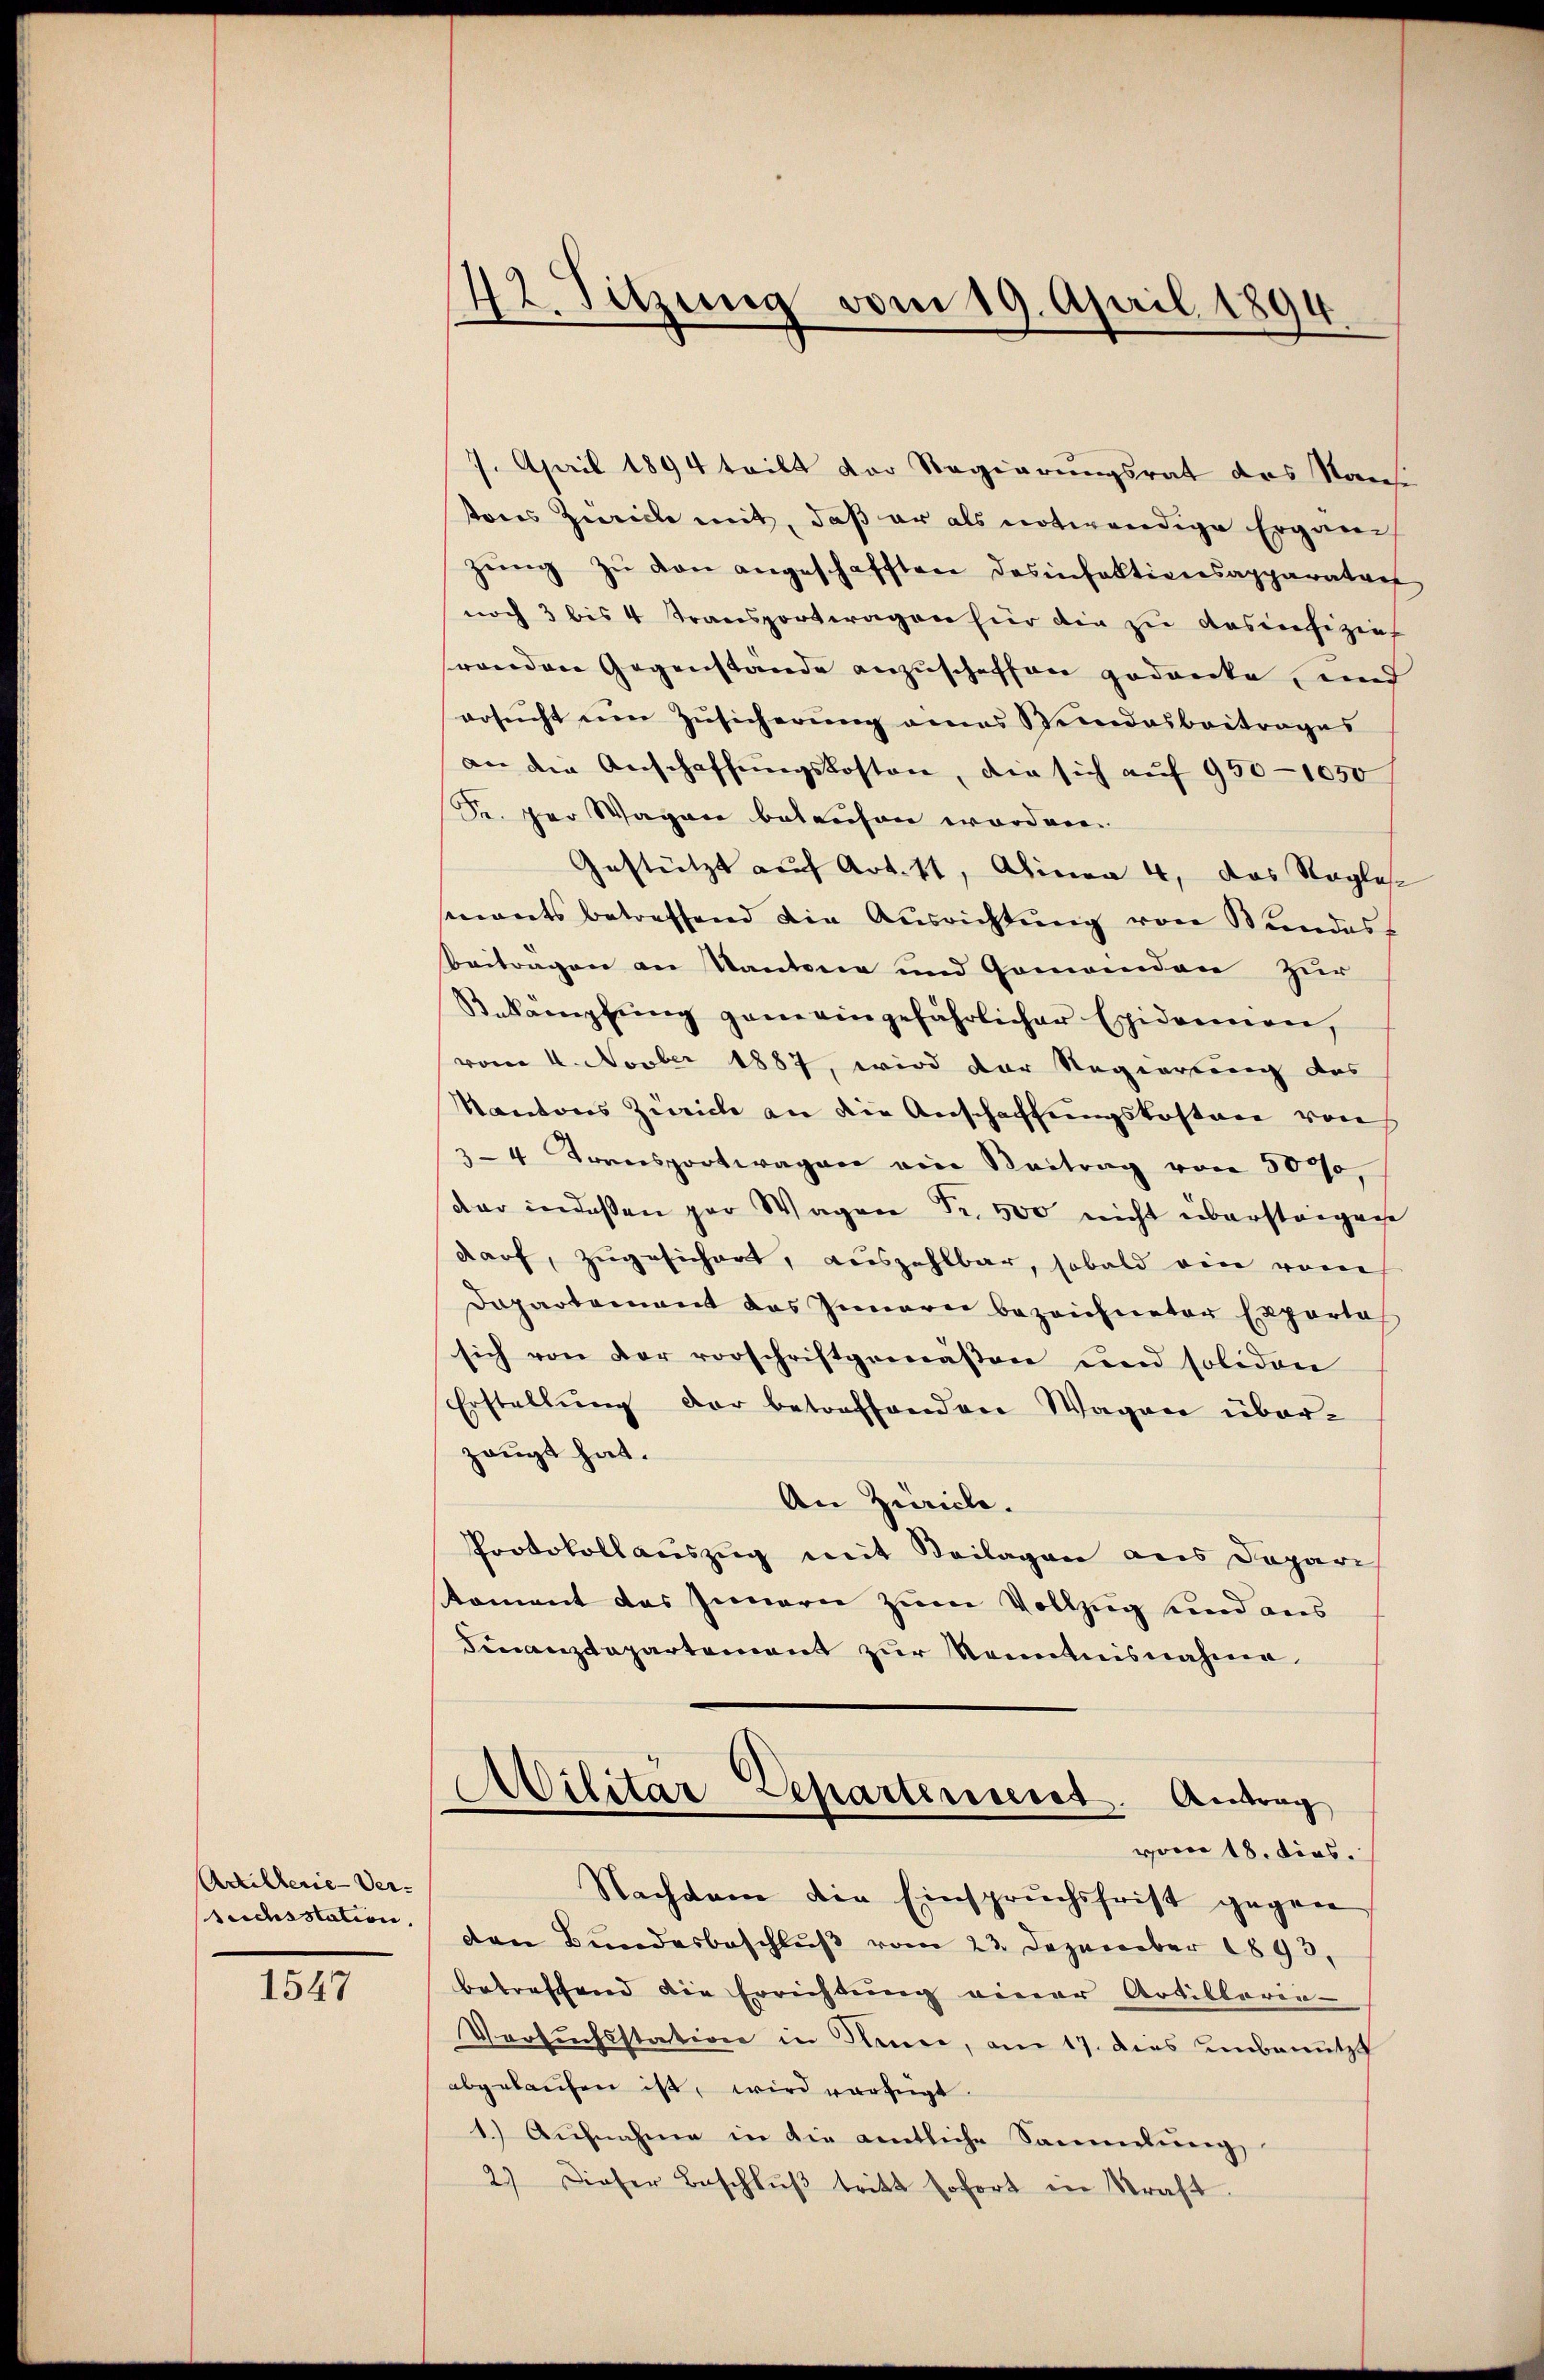
Artillerie-Ver-
ruchsstation,

1547

42. Sitzung vom 19. April 1894

7. April 1894 teilt der Regierungsrat des Nan
sores Zwicke mit, daß er als notwendige Ergän
zŭng zŭ von angeschafften dasinfektionsapparatver
noch 3 bis 4 Transportwagen hier die zu das refizier
renden Gegenstande anzuschaffen gedanke und
ersucht um Zusicherung eines Stundesbeitrages
an die Anschaffŭngskosten, die sich auf 950—1050
Kr. per Wagen belaufen worden.
Gestützt auf Art. 11, Alinea 4, das Staglese
mnants betreffend die Ausrichtung von Bundes
Beitragen an Kantone und Gomaniden zur
Sekampfŭng ganz eingefährlicher Epidemen,
vom 4. Novber 1887, wird der Regierung des
Kantons Zürich an die Anschaffungskosten von
34 Transportwagen ein Vertrag von 5000,
dar indessen par Wagen Fr. 500 nicht übersteigene
darf, zugesichert, auszahlbar, sobald ein vom
Dapartement das Innern bezeichneter Exporta
sich von der vorschriftgemäßen und solidon
Erstellung der betreffenden Wagen überzeugt hat.
An Zürich.
Protokollauszug mit Beilagen aus Depari
toment des Innern zum Vollzug und aus
Finanzdepartement zur Kenntnisnahme
)
ilitär Departenseret. Antrag
vom 18. dies
Nachdem die Einspruchsfrist gegen
den Bundesbeschluß vom 23. Dezember 1893,
betreffend die Errichtung einer Artilbaren-
Versuchsstation in Rece, am 17. dies unbenutz
abgekaufen ist, wird verfügt.
1. Aŭfnahme in die amtliche Sammlung
2) Dieser Beschlŭβ tritt sofort in Straft.